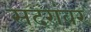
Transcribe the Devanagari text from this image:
सदरांवर